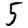
Digit: 5